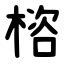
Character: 㮞